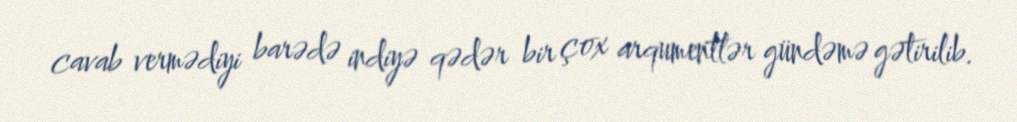
cavab vermədiyi barədə indiyə qədər bir çox arqumentlər gündəmə gətirilib.